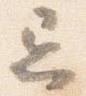
忌